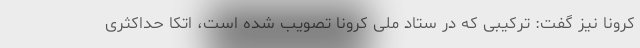
کرونا نیز گفت: ترکیبی که در ستاد ملی کرونا تصویب شده است، اتکا حداکثری